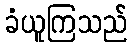
ခံယူကြသည်